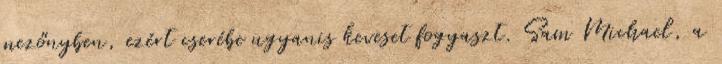
mezőnyben, ezért cserébe ugyanis keveset fogyaszt. Sam Michael, a